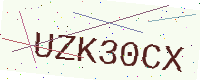
Text: UZK30CX